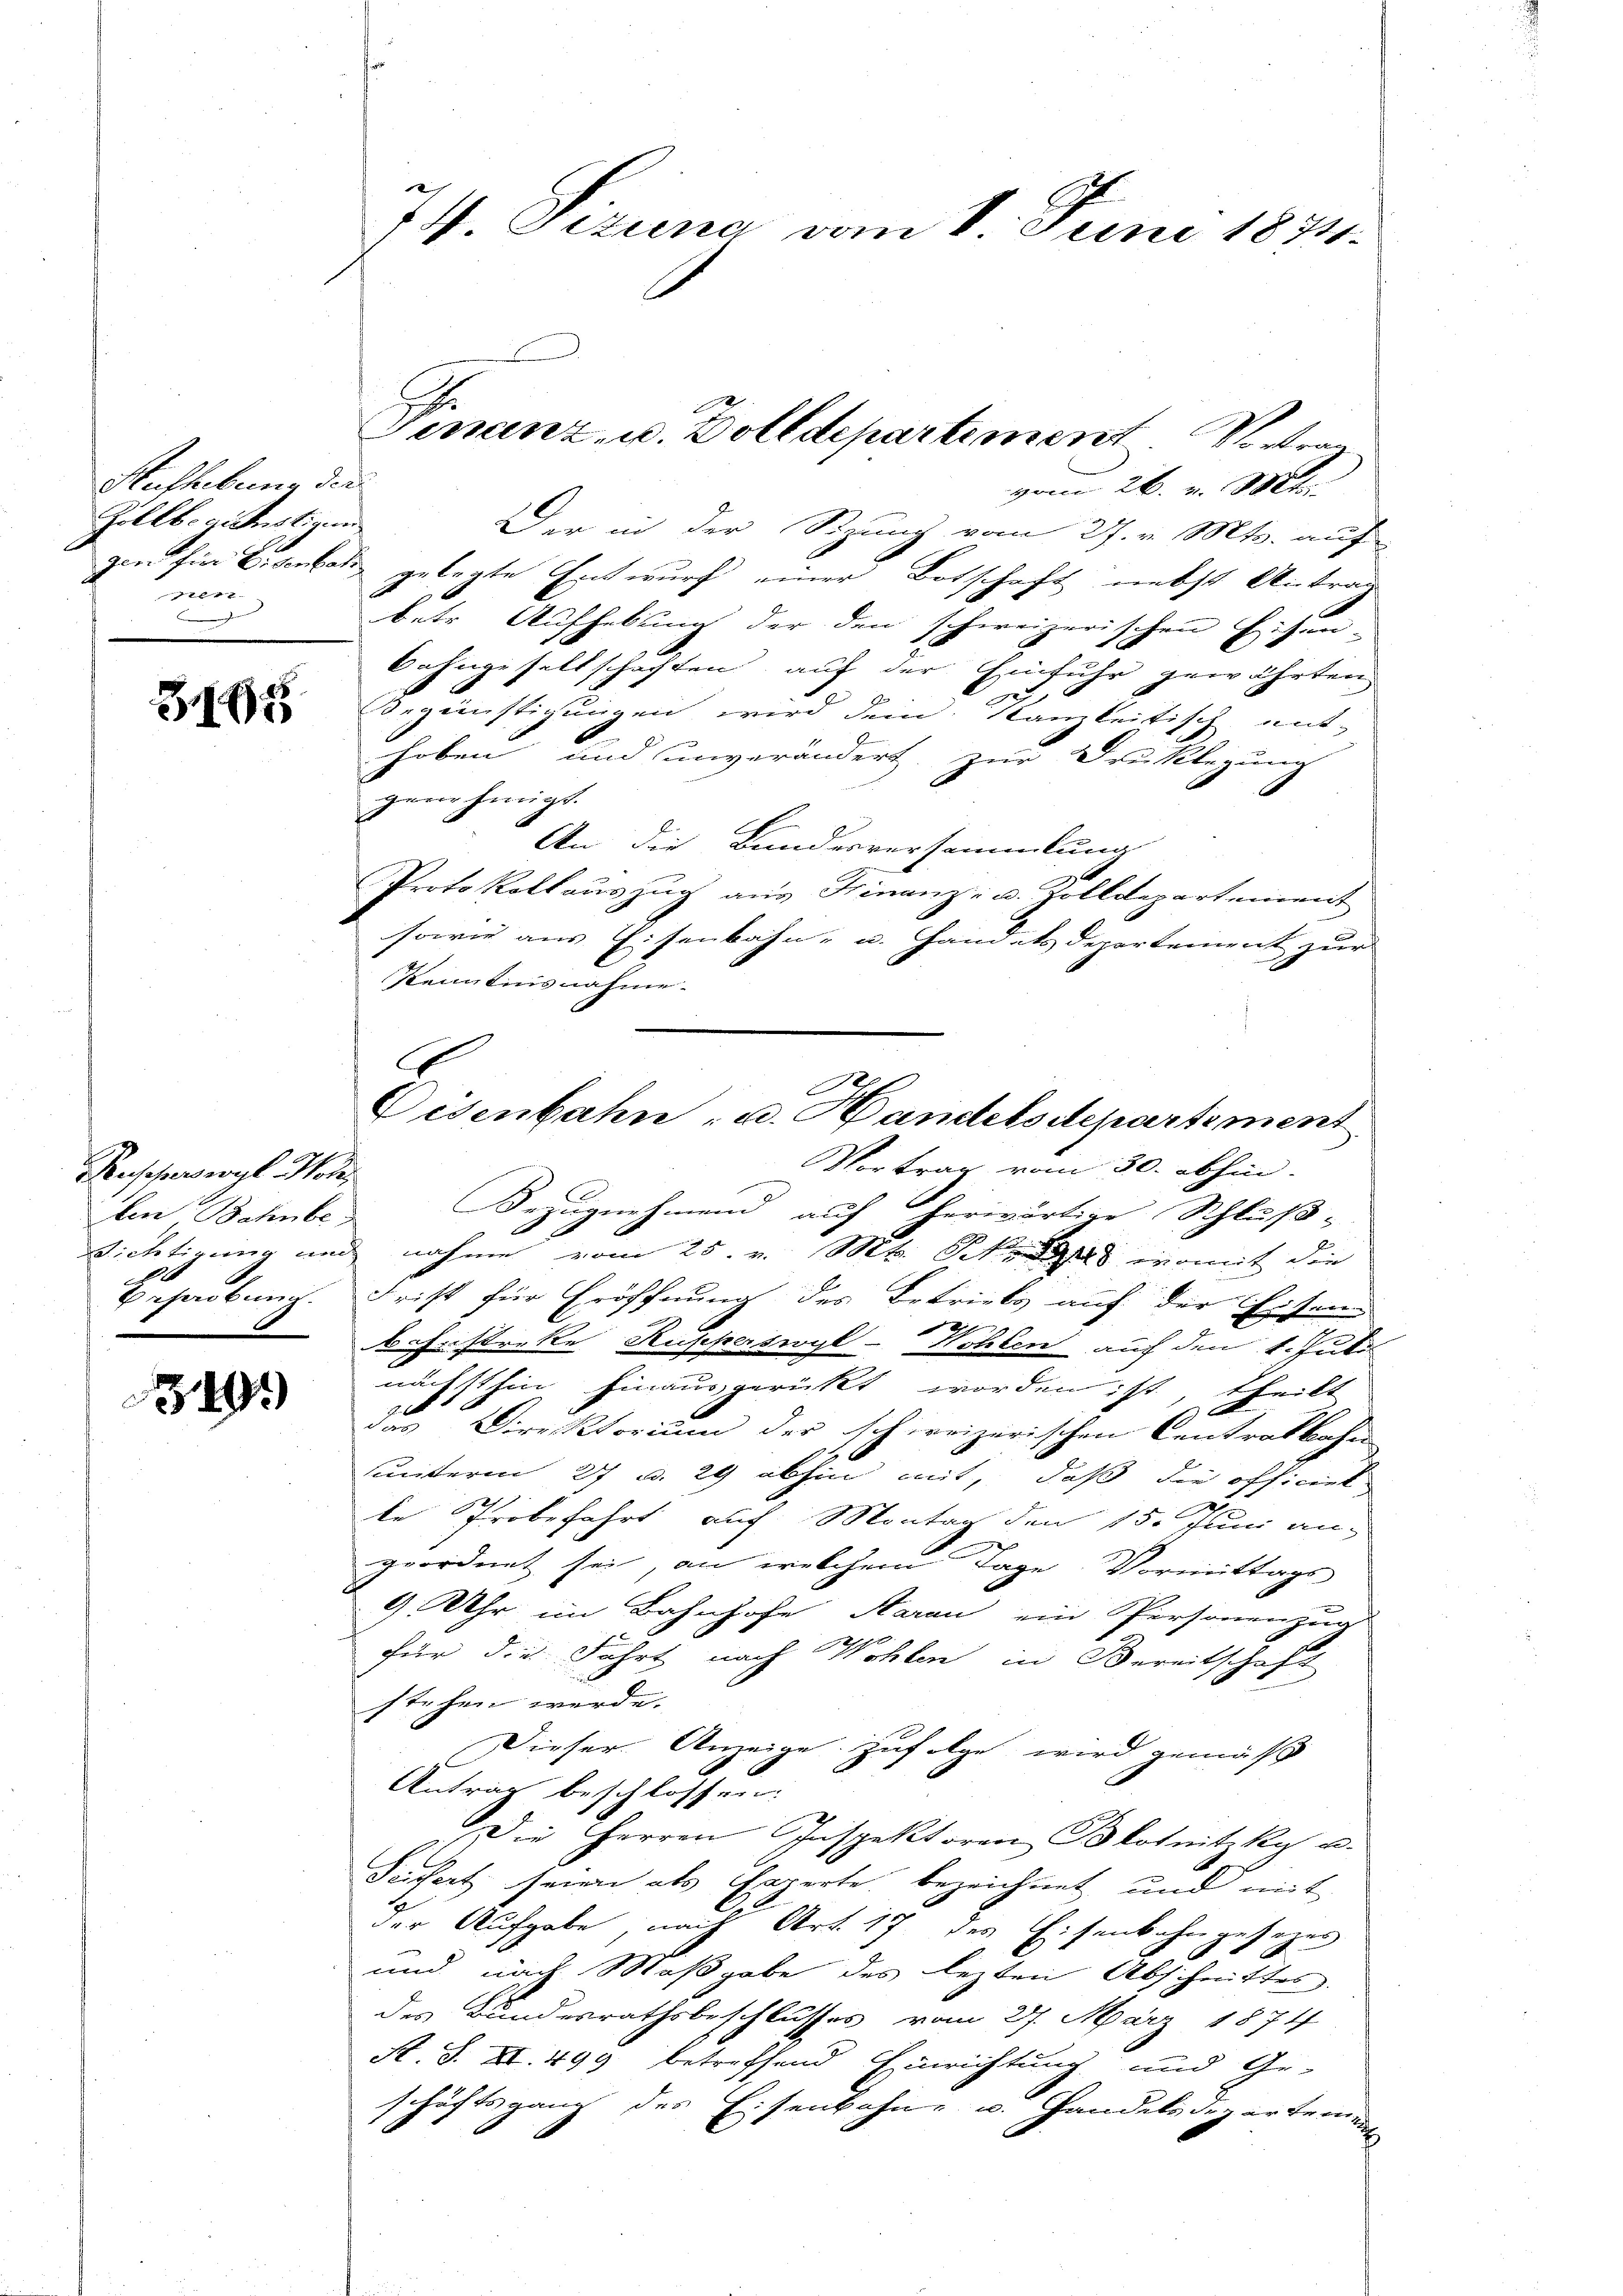
Aufhebung der
Zollbeamtestimm
nem

3165

Muscherswyl Modes
e

349)

74. Sizung vom 1. Juni 1871.

vom 26. v. Mts.
Der in der Sizung vom 27. v. Mts. auf
gin für Eisenbahn gelegte Entwurf einer Botschaft nebst Antrag
betr. Aufhebung der den schweizerischen Eisen-
Bahngesellschaften, auf der Einfuhr gewährten
x
Segünstigungen wird dem Kanzleitisch mit
hoben und unverändert zur Drucklegung
genehmigt.
An die Bundesversammlung
Protokollaŭszŭg aŭs Finanz- u. Zolldepartement
sowie aus Eisenbahn- u. Handats Departement zur
Kenntnisnahme.
Vortrag vom 30. abhin
len Bahnbes Bezugnehmend auf herwärtige Schluß-
Richtigung und nahme vom 25. v. M. h. womit die
Behaubung. Frist für Eröffnung des Betriebs auf der Eisen
Behrstreke Kupperswyl-Wohlen auf den 1. Juli
nächsthin hinausgerückt worden ist, theilt
9
A
das Direktorium der schweizerischen Centralbahn
sinterm 27 u. 29 abhin mit, daß die officiel
ke Probefahrt auf Montag den 15. Juni an.
geordnet sei, an welchem Tage. Vormittags
9 Uhr im Bahnhofe Aarau ein Personenzug
für die Fahrt nach Wohlen in Bereitschaft
stehen werde.
Dieser Anzeige zufolge wird gemäß
Antrag beschlossen:
Die Herren Inspektoren Blotnitzky u.
Sufert seien als Experte bezeichnet und mit
der Aufgabe, nach Art. 17 des Eisenbahngesezes
und nach Maßgabe des lezten Abschnittes.
des Bundesrathsbeschlusses vom 27. März 1874
A. S. II. 499 betreffend Einrichtung und Ge-
schäftsganz des Eisenbahne u. Handelsdepartemen
¬

Finanz- u. Bolldepartement Vertrag

C
Eisenbahn- u. Handelsdepartement